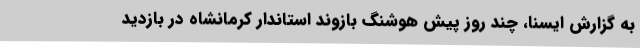
به گزارش ایسنا، چند روز پیش هوشنگ بازوند استاندار کرمانشاه در بازدید